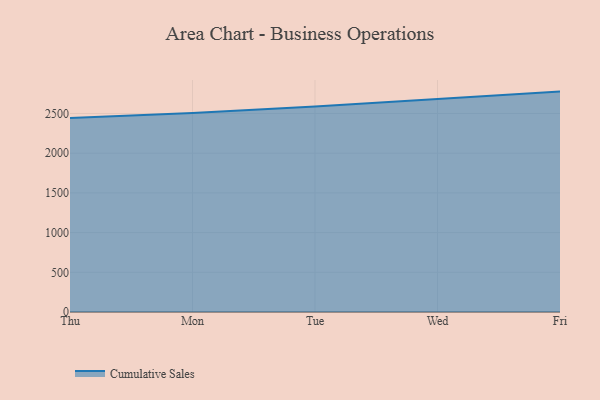
{"axis": {"x": "Day", "y": "Humidity (%)"}, "legend": ["Cumulative Sales"], "data": [{"x": "Thu", "y": 2441.5, "type": "Cumulative Sales"}, {"x": "Mon", "y": 2505.1, "type": "Cumulative Sales"}, {"x": "Tue", "y": 2586.7, "type": "Cumulative Sales"}, {"x": "Wed", "y": 2681.5, "type": "Cumulative Sales"}, {"x": "Fri", "y": 2775.5, "type": "Cumulative Sales"}]}